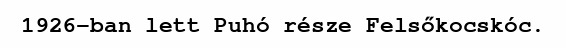
1926-ban lett Puhó része Felsőkocskóc.